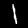
Label: 1